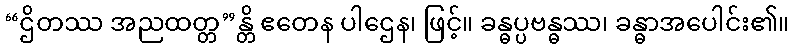
“ဌိတဿ အညထတ္တ”န္တိ ဧတေန ပါဌေန၊ ဖြင့်။ ခန္ဓပ္ပဗန္ဓဿ၊ ခန္ဓာအပေါင်း၏။